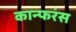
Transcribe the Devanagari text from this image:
कान्फरंस